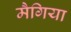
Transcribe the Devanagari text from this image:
मैगिया